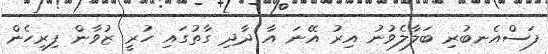
ފަސްއެނބުރި ބަލާލެވުނު އިރު އޭނަ އާ ދާދި ގާތުގައި ހުރީ ޒުވާން ފިރިހެން